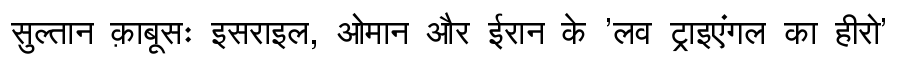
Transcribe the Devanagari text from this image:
सुल्तान क़ाबूसः इसराइल, ओमान और ईरान के 'लव ट्राइएंगल का हीरो'